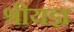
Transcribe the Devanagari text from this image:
श्रीयज्ञ